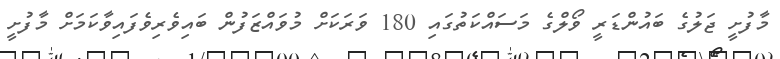
މާފުށީ ޖަލުގެ ބައުންޑަރީ ވޯލްގެ މަސައްކަތުގައި 180 ވަރަކަށް މުވައްޒަފުން ބައިވެރިވެފައިވާކަމަށް މާފުށީ